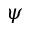
\psi